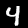
Digit: 4